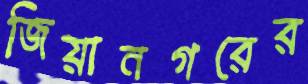
জিয়ানগরের